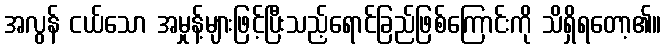
အလွန် ငယ်သော အမှုန့်များဖြင့်ပြီးသည့်ရောင်ခြည်ဖြစ်ကြောင်းကို သိရှိရတော့၏။